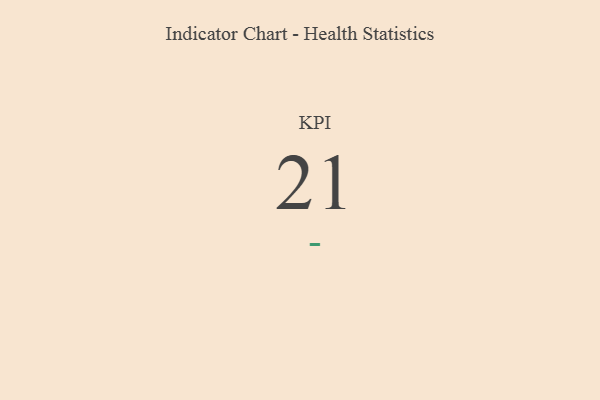
{"axis": {"x": "KPI", "y": "Value"}, "legend": [""], "data": [{"x": "KPI", "y": 21, "type": ""}]}